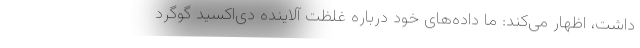
داشت، اظهار می‌کند: ما داده‌های خود درباره غلظت آلاینده دی‌اکسید گوگرد